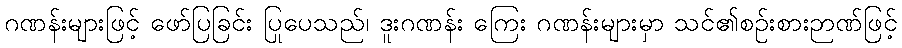
ဂဏန်းများဖြင့် ဖော်ပြခြင်း ပြုပေသည်၊ ဒူးဂဏန်း ကြေး ဂဏန်းများမှာ သင်၏စဉ်းစားဉာဏ်ဖြင့်